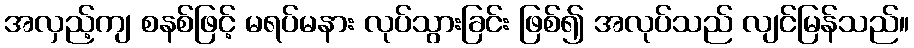
အလှည့်ကျ စနစ်ဖြင့် မရပ်မနား လုပ်သွားခြင်း ဖြစ်၍ အလုပ်သည် လျင်မြန်သည်။